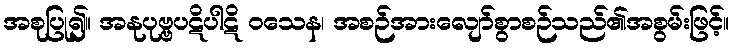
အစုပြု၍။ အနုပုဗ္ဗပဋိပါဋိ ဝသေန၊ အစဉ်အားလျော်စွာစဉ်သည်၏အစွမ်းဖြင့်။